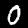
Digit: 0